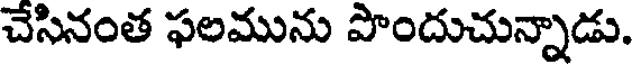
చేసినంత ఫలమును పొందుచున్నాడు.